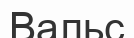
Вальс